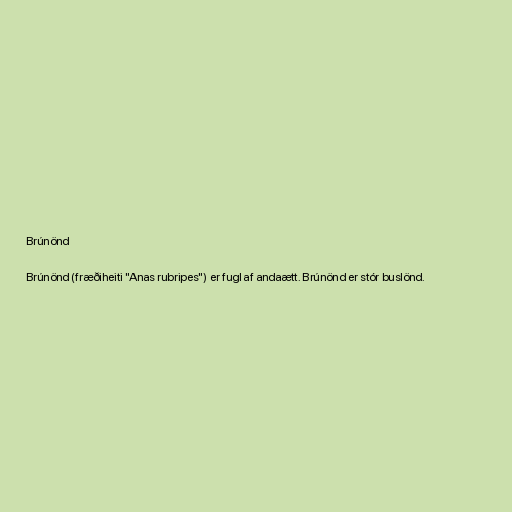
Brúnönd

Brúnönd (fræðiheiti "Anas rubripes") er fugl af andaætt. Brúnönd er stór buslönd.